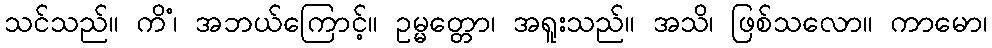
သင်သည်။ ကိံ၊ အဘယ်ကြောင့်။ ဥမ္မတ္တော၊ အရူးသည်။ အသိ၊ ဖြစ်သလော။ ကာမော၊